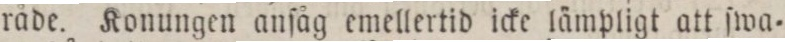
råde. Konungen anſåg emellertid icke lämpligt att ſwa=